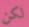
لكن